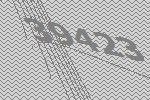
39423